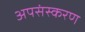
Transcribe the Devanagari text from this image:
अपसंस्करण